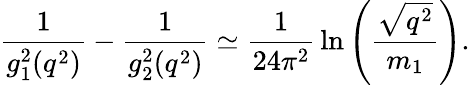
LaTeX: {\frac{1}{g_{1}^{2}(q^{2})}}-{\frac{1}{g_{2}^{2}(q^{2})}}\simeq{\frac{1}{24\pi^{2}}}\ln\left({\frac{\sqrt{q^{2}}}{m_{1}}}\right).